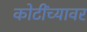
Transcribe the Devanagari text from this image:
कोटींच्यावर